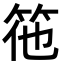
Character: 𮅅